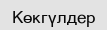
Көкгүлдер